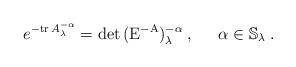
LaTeX: \begin{align*}e^{-\mathrm{tr}\,A_\lambda^{-\alpha}} =\mathrm{det}\,(\mathrm{E}^{-\mathrm{A}})_\lambda^{-\alpha}\;,\;\;\;\;\;\alpha\in\mathbb{S}_\lambda\;.\end{align*}